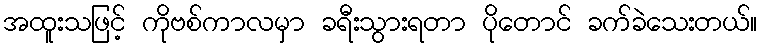
အထူးသဖြင့် ကိုဗစ်ကာလမှာ ခရီးသွားရတာ ပိုတောင် ခက်ခဲသေးတယ်။